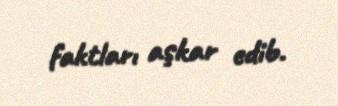
faktları aşkar edib.